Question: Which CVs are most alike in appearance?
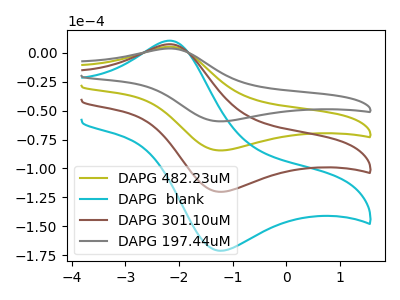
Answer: <think>The olive curve "DAPG 482.23uM" has an anodic peak at (-2.15V, 5.10uA) and a cathodic peak at (-1.15V, -84.35uA). The cyan curve "DAPG  blank" has an anodic peak at (-2.15V, 15.25uA) and a cathodic peak at (-1.15V, -253.10uA). The brown curve "DAPG 301.10uM" has an anodic peak at (-2.15V, 10.20uA) and a cathodic peak at (-1.15V, -168.75uA). The gray curve "DAPG 197.44uM" has an anodic peak at (-2.15V, 3.60uA) and a cathodic peak at (-1.15V, -59.30uA).
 All the peaks in "DAPG 482.23uM" have a peak in "DAPG  blank" at the same potential. Every peak in "DAPG 482.23uM" is lower than every peak in "DAPG  blank". All the peaks in "DAPG 482.23uM" have a peak in "DAPG 301.10uM" at the same potential. Every peak in "DAPG 482.23uM" is lower than every peak in "DAPG 301.10uM". All the peaks in "DAPG 482.23uM" have a peak in "DAPG 197.44uM" at the same potential. Every peak in "DAPG 482.23uM" is higher than every peak in "DAPG 197.44uM". All the peaks in "DAPG  blank" have a peak in "DAPG 301.10uM" at the same potential. Every peak in "DAPG  blank" is higher than every peak in "DAPG 301.10uM". All the peaks in "DAPG  blank" have a peak in "DAPG 197.44uM" at the same potential. Every peak in "DAPG  blank" is higher than every peak in "DAPG 197.44uM". All the peaks in "DAPG 301.10uM" have a peak in "DAPG 197.44uM" at the same potential. Every peak in "DAPG 301.10uM" is higher than every peak in "DAPG 197.44uM".</think>
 <answer>"DAPG 197.44uM", "DAPG 482.23uM", "DAPG  blank" and "DAPG 301.10uM" have the same shape and are likely CV's of the same chemical.</answer>
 <eval>"DAPG 197.44uM" "DAPG 482.23uM" "DAPG  blank" "DAPG 301.10uM"</eval>